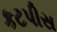
કટપીસ